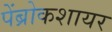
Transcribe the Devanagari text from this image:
पेंब्रोकशायर